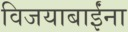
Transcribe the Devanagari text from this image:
विजयाबाईंना